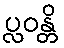
ပ္လဝန္တိ